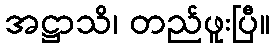
အဋ္ဌာသိ၊ တည်ဖူးပြီ။